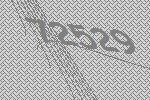
72529